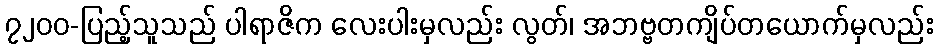
၇၂၀၀-ပြည့်သူသည် ပါရာဇိက လေးပါးမှလည်း လွတ်၊ အဘဗ္ဗတကျိပ်တယောက်မှလည်း